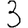
Digit: 3